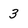
Character: 3